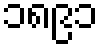
၁၈၉၁